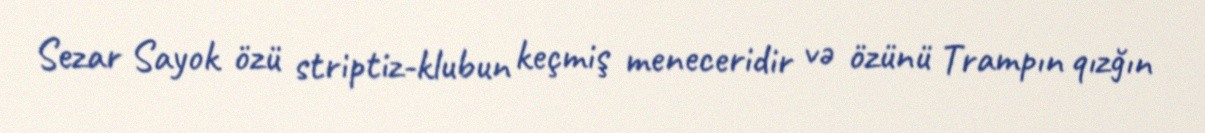
Sezar Sayok özü striptiz-klubun keçmiş meneceridir və özünü Trampın qızğın